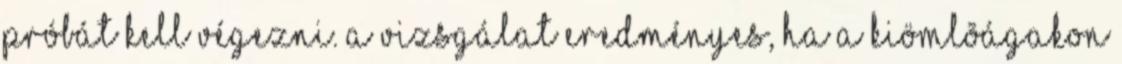
próbát kell végezni. A vizsgálat eredményes, ha a kiömlõágakon